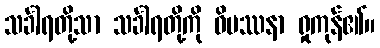
သင်္ခါရတို့သာ သင်္ခါရတို့ကို ဝိပဿနာ ရှုကုန်၏။